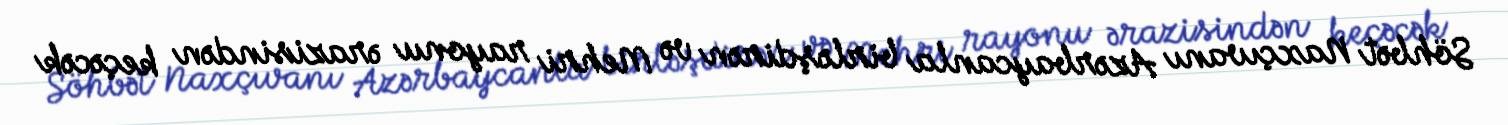
Söhbət Naxçıvanı Azərbaycanla birləşdirən və Mehri rayonu ərazisindən keçəcək